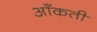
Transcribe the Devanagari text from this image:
आँकती